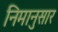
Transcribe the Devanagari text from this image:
निमानुसार